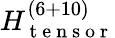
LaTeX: H_{\mathrm{~t~e~n~s~o~r~}}^{(6+10)}